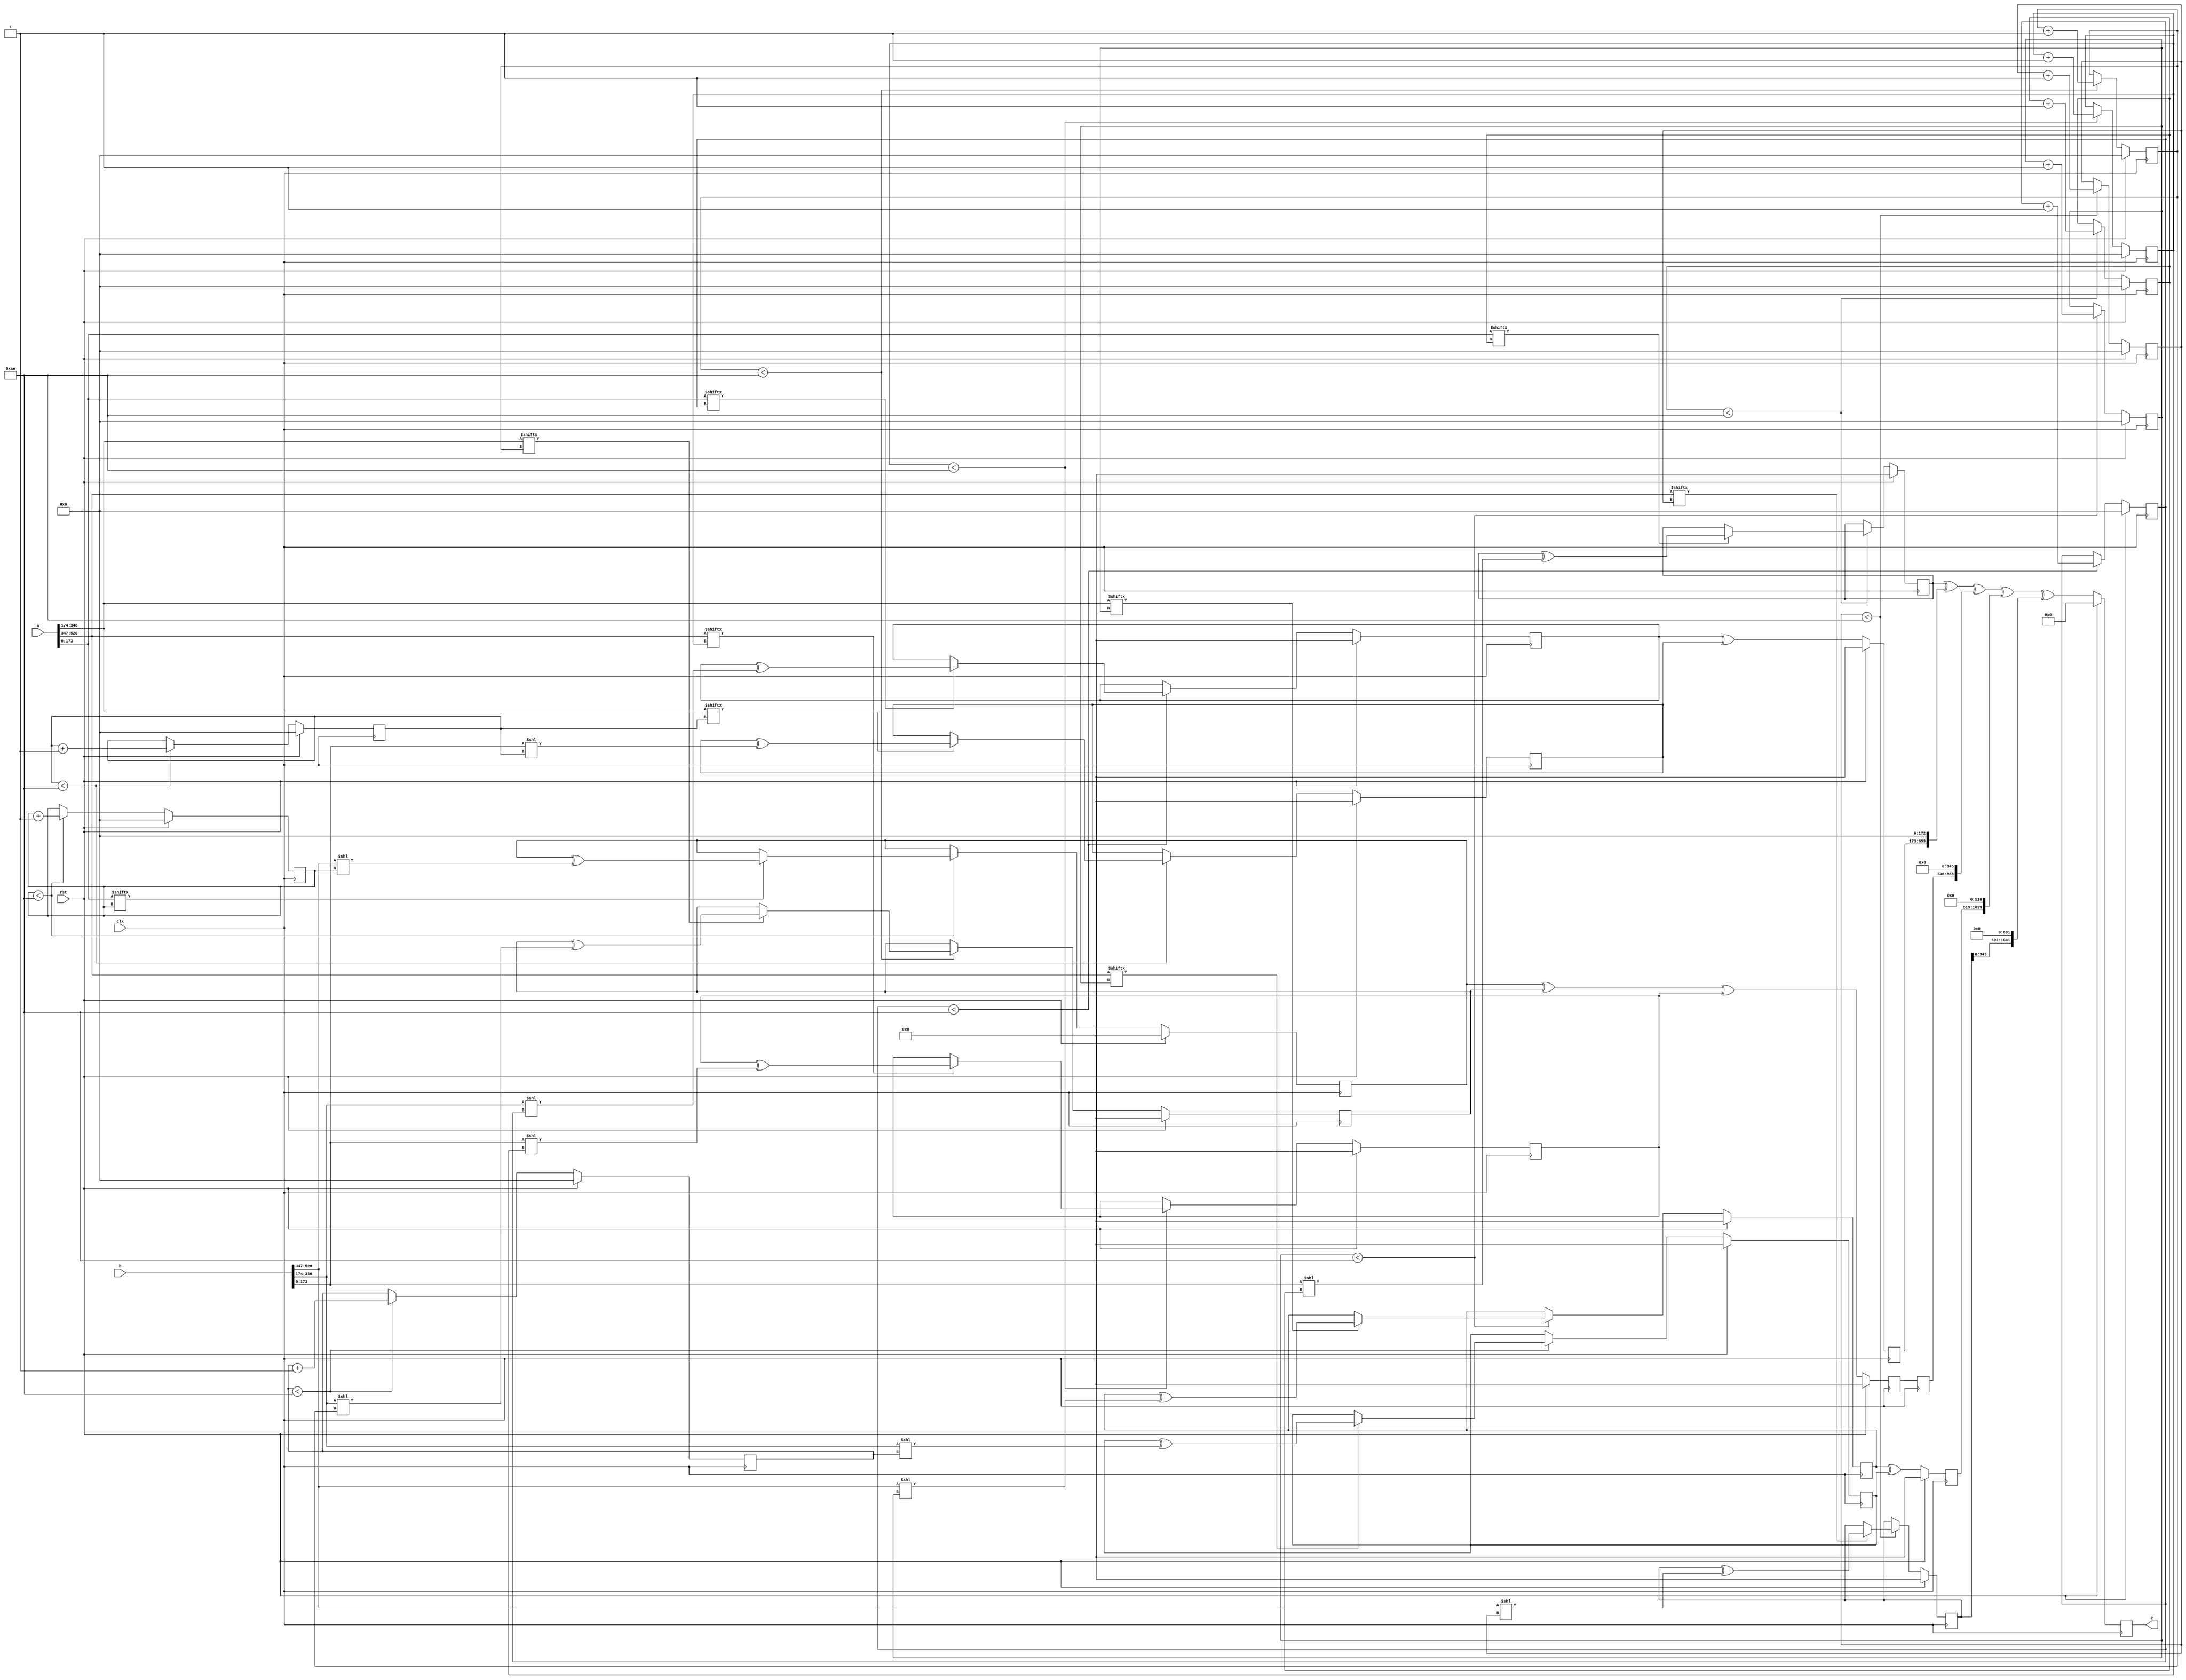
// TalTech large integer multiplier library
// Multiplier type: three_way_toom_cook
// Parameters: 521 521 2
// Target tool: genus
// Here, we split the input operands into three equal sizes521
module three_way_toom_cook(clk, rst, a, b, c);
input clk;
input rst;
input [520:0] a;
input [520:0] b;
output reg [1041:0] c;

// Pipeline register declaration 
reg [520:0] c_temp_1;

// Wires declaration 
wire  [173:0] a0;
wire  [172:0] a1;
wire  [173:0] a2;
wire  [173:0] b0;
wire  [172:0] b1;
wire  [173:0] b2;

// Registers declaration 
reg  [172:0] counter_d;
reg  [172:0] counter_e1;
reg  [172:0] counter_e2;
reg  [172:0] counter_f1;
reg  [172:0] counter_f2;
reg  [172:0] counter_f3;
reg  [172:0] counter_g1;
reg  [172:0] counter_g2;
reg  [172:0] counter_h;
reg  [520:0] d;
reg  [520:0] e1_mul;
reg  [520:0] e2_mul;
reg  [520:0] e;
reg  [520:0] f1_mul;
reg  [520:0] f2_mul;
reg  [520:0] f3_mul;
reg  [520:0] f;
reg  [520:0] g1_mul;
reg  [520:0] g2_mul;
reg  [520:0] g;
reg  [520:0] h;
reg  [1041:0] temp;

// Initial assignments to wires
assign a0 = a[173:0];
assign a1 = a[346:174];
assign a2 = a[520:347];
assign b0 = b[173:0];
assign b1 = b[346:174];
assign b2 = b[520:347];

// Step-1 of 3-Way TCM Multiplier
always @(posedge clk) begin
	if (rst) begin
		d <= 521'd0;
		counter_d <= 173'd0;
	end
	else if (counter_d < 174) begin
		if (a2[counter_d] == 1'b1) begin
			d <= d ^ (b2 << counter_d);
			counter_d <= counter_d + 1;
		end
		counter_d <= counter_d + 1;
	end
end

// Step-2 (Part-1) of 3-Way TCM Multiplier
always @(posedge clk) begin
	if (rst) begin
		e1_mul <= 521'd0;
		counter_e1 <= 173'd0;
	end
	else if (counter_e1 < 174) begin
		if (a1[counter_e1] == 1'b1) begin
			e1_mul <= e1_mul ^ (b2 << counter_e1);
			counter_e1 <= counter_e1 + 1;
		end
		counter_e1 <= counter_e1 + 1;
	end
end

// Step-2 (Part-2) of 3-Way TCM Multiplier
always @(posedge clk) begin
	if (rst) begin
		e2_mul <= 521'd0;
		counter_e2 <= 173'd0;
	end
	else if (counter_e2 < 174) begin
		if (a2[counter_e1] == 1'b1) begin
			e2_mul <= e2_mul ^ (b1 << counter_e2);
			counter_e2 <= counter_e2 + 1;
		end
		counter_e2 <= counter_e2 + 1;
	end
end

// Step-2 (Part-3) of 3-Way TCM Multiplier
always @(posedge clk) begin
	if (rst) begin
		e <= 521'd0;
	end
	else begin
		e <= e1_mul ^ e2_mul; 
	end
end

// Step-3 (Part-1) of 3-Way TCM Multiplier
always @(posedge clk) begin
	if (rst) begin
		f1_mul <= 521'd0;
		counter_f1 <= 173'd0;
	end
	else if (counter_f1 < 174) begin
		if (a0[counter_f1] == 1'b1) begin
			f1_mul <= f1_mul ^ (b2 << counter_f1);
			counter_f1 <= counter_f1 + 1;
		end
		counter_f1 <= counter_f1 + 1;
	end
end

// Step-3 (Part-2) of 3-Way TCM Multiplier
always @(posedge clk) begin
	if (rst) begin
		f2_mul <= 521'd0;
		counter_f2 <= 173'd0;
	end
	else if (counter_f2 < 174) begin
		if (a1[counter_f2] == 1'b1) begin
			f2_mul <= f2_mul ^ (b1 << counter_f2);
			counter_f2 <= counter_f2 + 1;
		end
		counter_f2 <= counter_f2 + 1;
	end
end

// Step-3 (Part-3) of 3-Way TCM Multiplier
always @(posedge clk) begin
	if (rst) begin
		f3_mul <= 521'd0;
		counter_f3 <= 173'd0;
	end
	else if (counter_f3 < 174) begin
		if (a2[counter_f3] == 1'b1) begin
			f3_mul <= f3_mul ^ (b0 << counter_f3);
			counter_f3 <= counter_f3 + 1;
		end
		counter_f3 <= counter_f3 + 1;
	end
end

// Step-3 (Part-4) of 3-Way TCM Multiplier
always @(posedge clk) begin
	if (rst) begin
		f <= 521'd0;
	end
	else begin
		f <= f1_mul ^ f2_mul ^ f3_mul; 
	end
end

// Step-4 (Part-1) of 3-Way TCM Multiplier
always @(posedge clk) begin
	if (rst) begin
		g1_mul <= 521'd0;
		counter_g1 <= 173'd0;
	end
	else if (counter_g1 < 174) begin
		if (a0[counter_g1] == 1'b1) begin
			g1_mul <= g1_mul ^ (b1 << counter_g1);
			counter_g1 <= counter_g1 + 1;
		end
		counter_g1 <= counter_g1 + 1;
	end
end

// Step-4 (Part-2) of 3-Way TCM Multiplier
always @(posedge clk) begin
	if (rst) begin
		g2_mul <= 521'd0;
		counter_g2 <= 173'd0;
	end
	else if (counter_g2 < 174) begin
		if (a1[counter_g2] == 1'b1) begin
			g2_mul <= g2_mul ^ (b0 << counter_g2);
			counter_g2 <= counter_g2 + 1;
		end
		counter_g2 <= counter_g2 + 1;
	end
end

// Step-4 (Part-3) of 3-Way TCM Multiplier
always @(posedge clk) begin
	if (rst) begin
		g <= 521'd0;
	end
	else begin
		g <= g1_mul ^ g2_mul; 
	end
end

// Step-5 of 3-Way TCM Multiplier
always @(posedge clk) begin
	if (rst) begin
		h <= 521'd0;
		counter_h <= 173'd0;
	end
	else if (counter_h < 174) begin
		if (a0[counter_h] == 1'b1) begin
			h <= h ^ (b0 << counter_h);
			counter_h <= counter_h + 1;
		end
	counter_h <= counter_h + 1;
	end
end

// Step-6 of 3-Way TCM Multiplier
always @(posedge clk) begin
	if (rst) begin
		temp = 1042'd0;
		c = 1042'd0;
	end
	else begin
		temp = h;
		temp = temp ^ (g << 173);
		temp = temp ^ (c_temp_1 << 346);
		temp = temp ^ (e << 519);
		temp = temp ^ (d << 692);
		c = temp;
	end
end

// pipeline stages
always @(posedge clk) begin
	c_temp_1 <= f;
end
endmodule